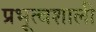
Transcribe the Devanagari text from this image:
प्रभूत्वशाली